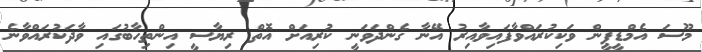
މޫސަ އެމްޑީޕީން ވަކިކުރައްވާފައިވާއިރު އޭނާ ގެންދަވަނީ ކުރިއަށް އޮތް ރިޔާސީ އިންތިހާބުގައި ވާދަކުރައްވާނެ